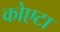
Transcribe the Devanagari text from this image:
कोएटा